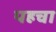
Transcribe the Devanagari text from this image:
पहचा